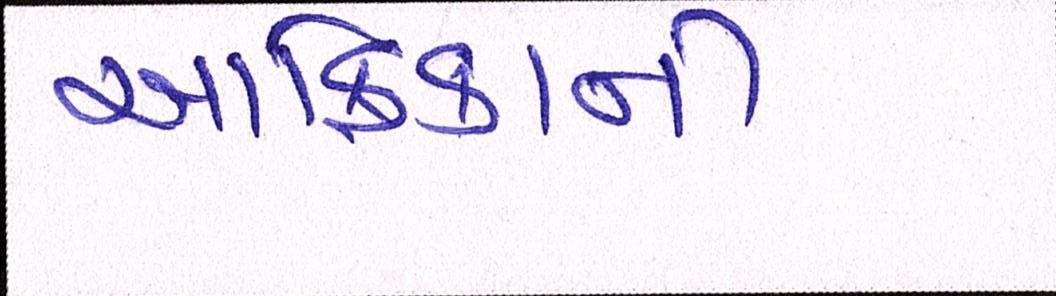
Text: આફ્રિકાની